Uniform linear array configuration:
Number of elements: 4
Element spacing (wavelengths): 1
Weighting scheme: uniform
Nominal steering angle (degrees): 30
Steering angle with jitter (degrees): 31.358
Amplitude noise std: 0.05
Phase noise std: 0.05

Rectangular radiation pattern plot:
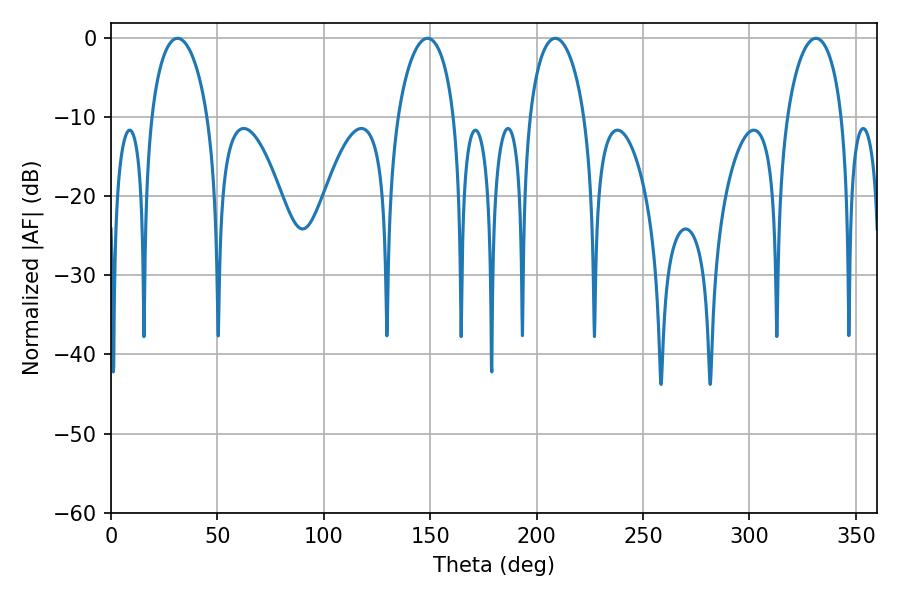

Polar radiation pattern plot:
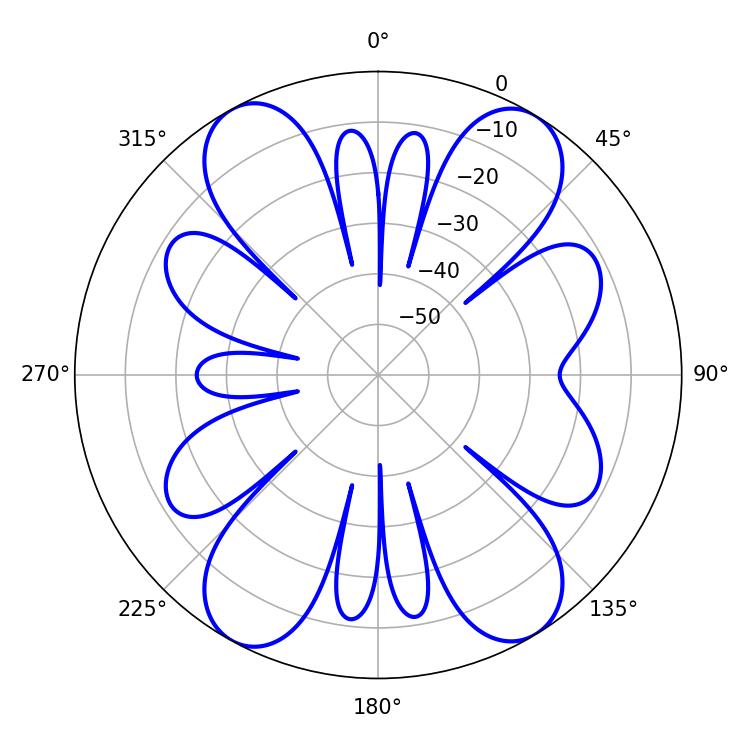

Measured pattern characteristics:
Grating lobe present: TRUE
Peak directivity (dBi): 17.125
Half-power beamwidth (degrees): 14.94
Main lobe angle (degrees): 208.8